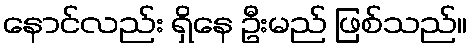
နောင်လည်း ရှိနေ ဦးမည် ဖြစ်သည်။